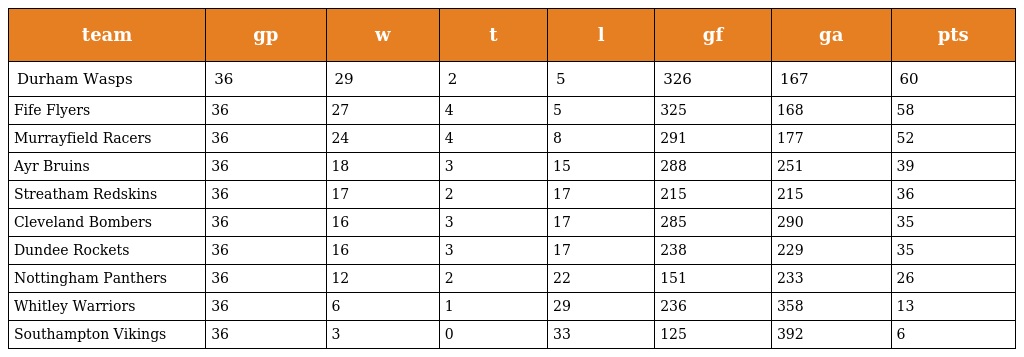
| team | gp | w | t | l | gf | ga | pts |
 | --- | --- | --- | --- | --- | --- | --- | --- |
 | Durham Wasps | 36 | 29 | 2 | 5 | 326 | 167 | 60 |
 | Fife Flyers | 36 | 27 | 4 | 5 | 325 | 168 | 58 |
 | Murrayfield Racers | 36 | 24 | 4 | 8 | 291 | 177 | 52 |
 | Ayr Bruins | 36 | 18 | 3 | 15 | 288 | 251 | 39 |
 | Streatham Redskins | 36 | 17 | 2 | 17 | 215 | 215 | 36 |
 | Cleveland Bombers | 36 | 16 | 3 | 17 | 285 | 290 | 35 |
 | Dundee Rockets | 36 | 16 | 3 | 17 | 238 | 229 | 35 |
 | Nottingham Panthers | 36 | 12 | 2 | 22 | 151 | 233 | 26 |
 | Whitley Warriors | 36 | 6 | 1 | 29 | 236 | 358 | 13 |
 | Southampton Vikings | 36 | 3 | 0 | 33 | 125 | 392 | 6 |